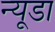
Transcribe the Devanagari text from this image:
न्यूडा